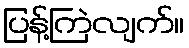
ပြန့်ကြဲလျက်။